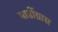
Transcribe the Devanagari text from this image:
मार्डीग्रास